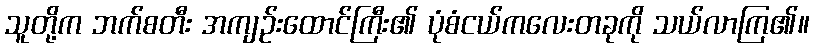
သူတို့က ဘက်စတီး အကျဉ်းထောင်ကြီး၏ ပုံစံငယ်ကလေးတခုကို သယ်လာကြ၏။